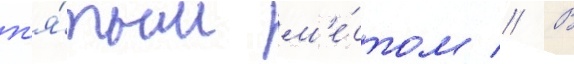
п'я́тым м'е́стом // В